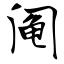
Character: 阄